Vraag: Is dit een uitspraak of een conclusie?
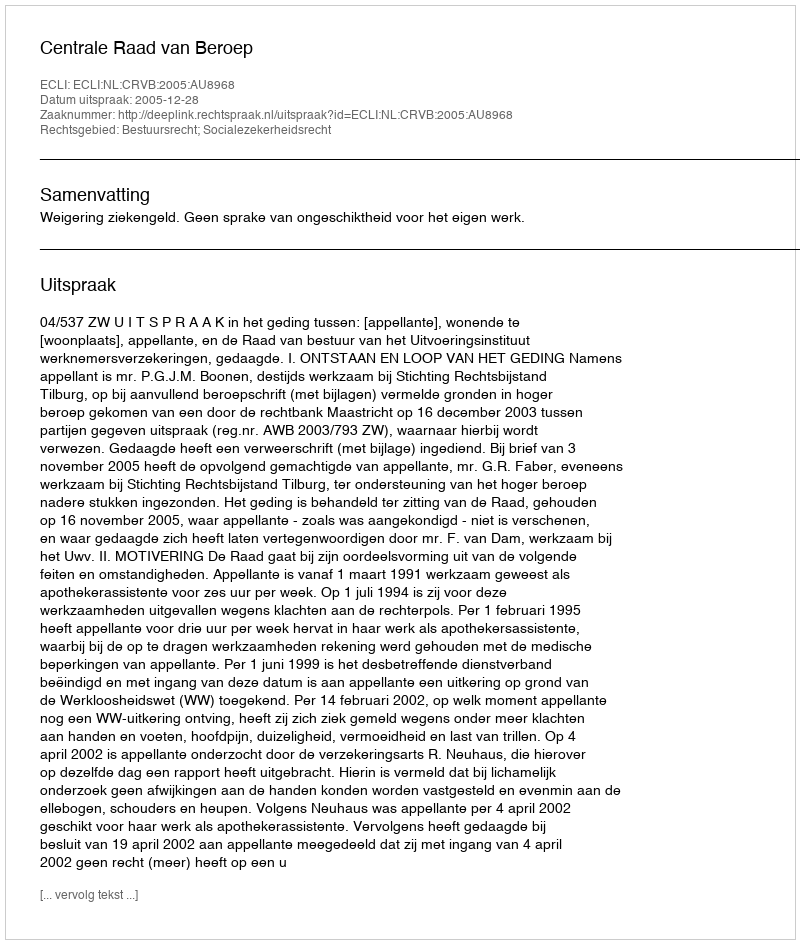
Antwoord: Uitspraak